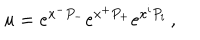
u = e ^ { x ^ { - } P _ { - } } e ^ { x ^ { + } P _ { + } } e ^ { x ^ { i } P _ { i } } \, ,